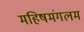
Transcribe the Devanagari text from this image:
महिषमंगलम